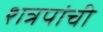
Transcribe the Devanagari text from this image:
शत्रपांची